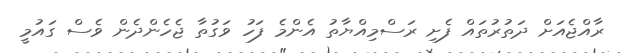
ރާއްޖެއަށް ދަތުރުތައް ފެށި ރަސްމިއްޔާތު އެންމެ ފަހު ވަގުތާ ޖެހެންދެން ވެސް ގައުމީ